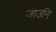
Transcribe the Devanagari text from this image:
जाउनि